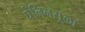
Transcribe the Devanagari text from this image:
पेनिनसूळा